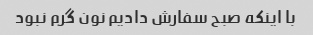
با اینکه صبح سفارش دادیم نون گرم نبود